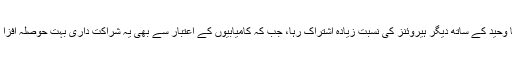
ان کا وحید کے ساتھ دیگر ہیروئنز کی نسبت زیادہ اشتراک رہا، جب کہ کامیابیوں کے اعتبار سے بھی یہ شراکت داری بہت حوصلہ افزا رہی۔